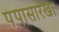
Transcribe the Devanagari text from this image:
पंपासारखा